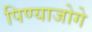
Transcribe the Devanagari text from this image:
पिण्याजोगे